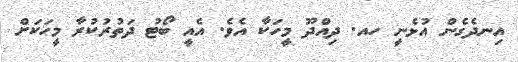
އިނދެގެން އުޅެނީ ހއ. ދިއްދޫ މީހަކާ އެވެ. އެއީ ބޯޓު ދަތުރުކުރާ މީހަކަށް